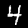
Label: 4